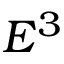
E ^ { 3 }